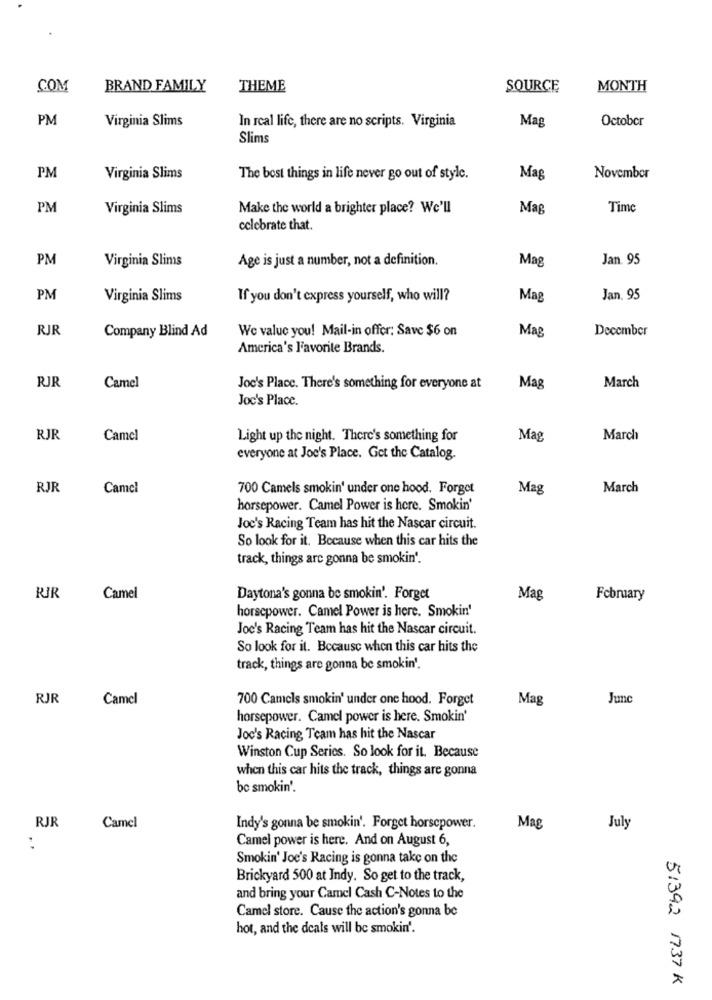
COM
BRAND FAMILY
THEME
SOURCE
MONTH
PM
Virginia Slims
Mag
In real life, there are no scripts. Virginia
October
Slims
PM
Virginia Slims
The best things in life never go out of style.
Mag
November
PM
Virginia Slims
Make the world a brighter place? We'll
Mag
Time
celebrate that.
PM
Virginia Slims
Age is just a number, not a definition.
Mag
Jan. 95
PM
Virginia Slims
If you don't express yourself, who will?
Mag
Jan. 95
RJR
Company Blind Ad
We value you! Mail-in offer: Save $6 on
Mag
December
America's Favorite Brands.
RJR
Camel
Joc's Place. There's something for everyone at
Mag
March
Joc's Place.
RJR
Camel
Light up the night. There's something for
Mag
March
everyone at Joe's Place. Get the Catalog.
RJR
Camel
700 Camels smokin' under one hood. Forget
Mag
March
horsepower. Camel Power is here. Smokin'
Joc's Racing Team has hit the Nascar circuit.
So look for it. Because when this car hits the
track, things are gonna be smokin'.
RIR
Camel
Daytona's gonna be smokin'. Forget
Mag
February
horsepower. Camel Power is here. Smokin'
Joc's Racing Team has hit the Nascar circuit.
So look for it. Because when this car hits the
track, things are gonna be smokin'.
RJR
Camel
700 Camels smokin' under one hood. Forget
Mag
Junc
horsepower. Camel power is here. Smokin'
Joc's Racing Team has hit the Nascar
Winston Cup Series. So look for it. Because
when this car hits the track, things are gonna
be smokin'.
RJR
Camel
Indy's gonna be smokin'. Forget horsepower.
Mag
July
Camel power is here. And on August 6,
:
Smokin' Joe's Racing is gonna take on the
Brickyard 500 at Indy. So get to the track,
and bring your Carel Cash C-Notes to the
Camel store. Cause the action's gonna be
hot, and the deals will be smokin'.
51392 1737 K